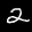
Label: 2